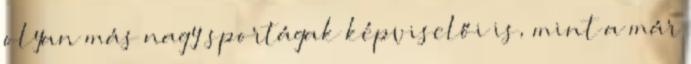
olyan más nagy sportágak képviselői is, mint a már